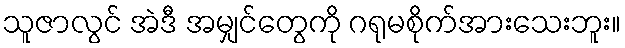
သူဇာလွင် အဲဒီ အမျှင်တွေကို ဂရုမစိုက်အားသေးဘူး။